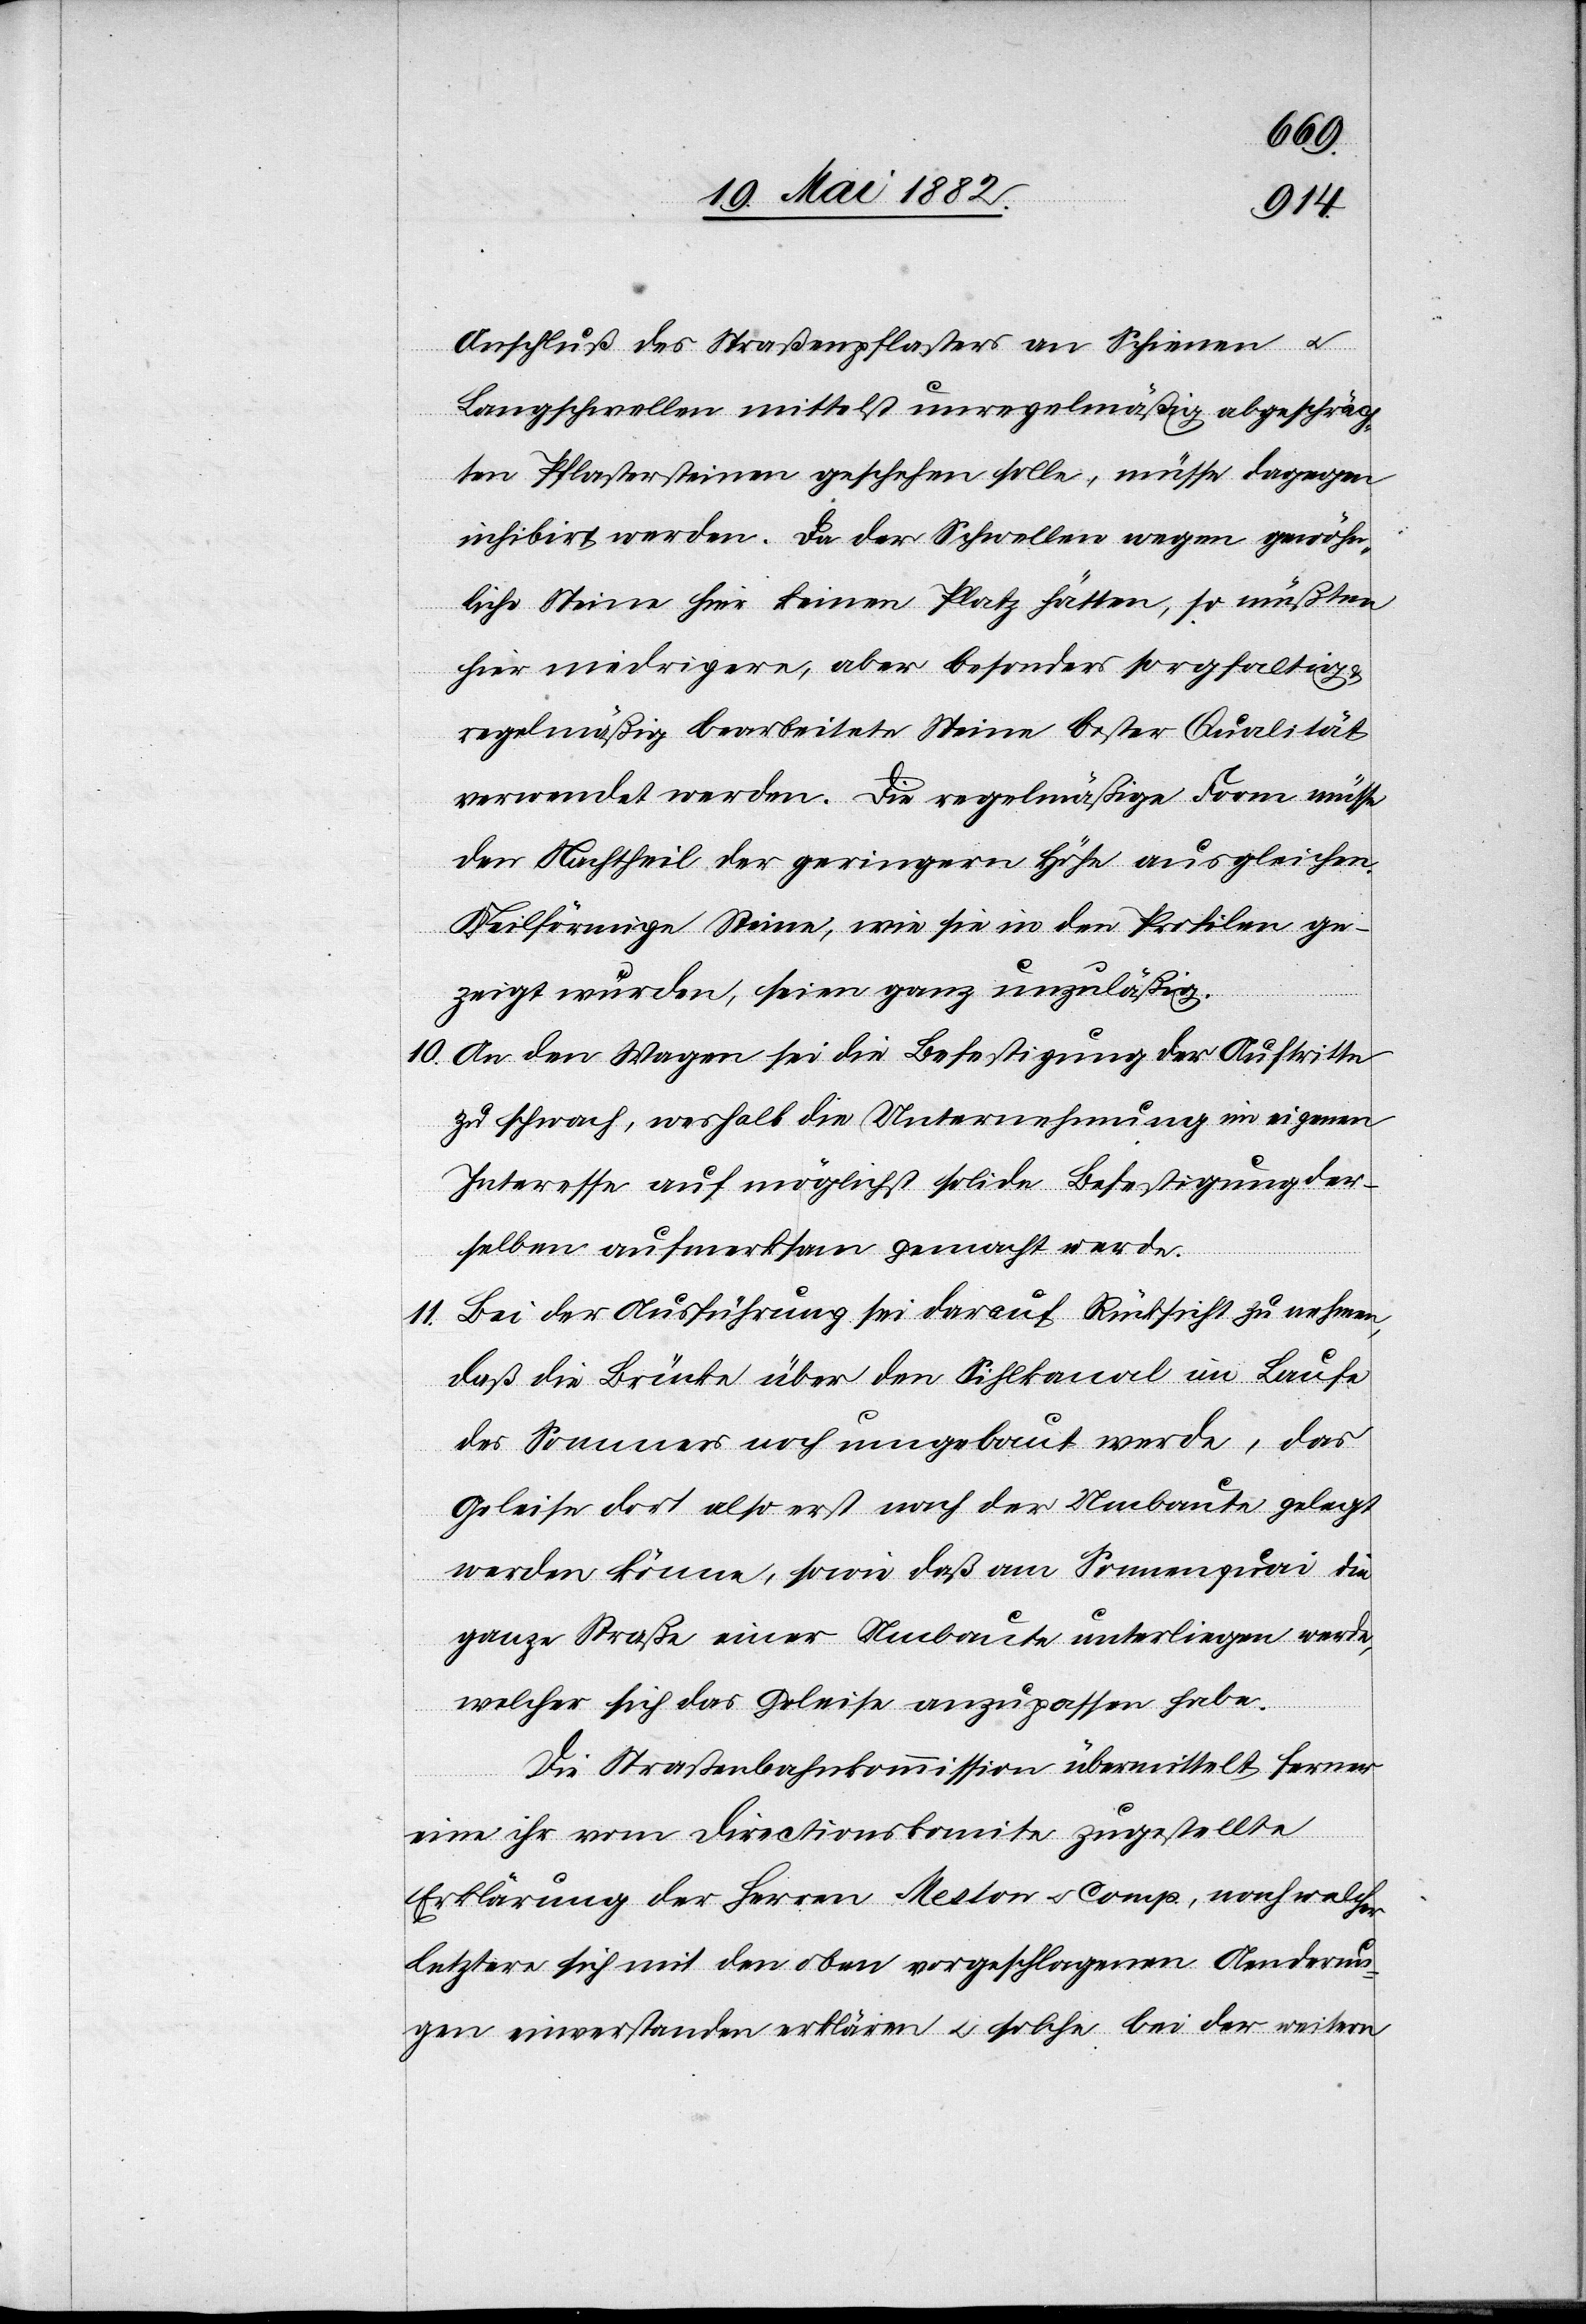
Anschluß des Straßenpflasters an Schienen u.
Langschwellen mittelst unregelmäßig abgeschräg¬
ten Pflastersteinen geschehen solle, müsse dagegen
inhibirt werden. Da der Schwellen wegen gewöhn¬
liche Steine hier keinen Platz hätten, so müßten
hier niedrigere, aber besonders sorgfältig
regelmäßig bearbeitete Steine bester Qualität
verwendet werden. Die regelmäßige Form müsse
den Nachtheil der geringern Höhe ausgleichen.
Keilförmige Steine, wie sie in den Profilen ge¬
zeigt wurden, seien ganz unzuläßig.
10. An den Wagen sei die Befestigung der Auftritte
zu schwach, weshalb die Unternehmung im eigenen
Interesse auf möglichst solide Befestigung der¬
selben aufmerksam gemacht werde.
11. Bei der Ausführung sei darauf Rücksicht zu nehmen,
daß die Brücke über den Sihlkanal im Laufe
des Sommers noch umgebaut werde, daß
Geleise dort also erst nach der Umbaute gelegt
werden können, sowie daß am Sonnenquai die
ganze Straße einer Umbaute unterliegen werde,
welcher sich das Geleise anzupassen habe.
Die Straßenbahnkommission übermittelt ferner
eine ihr vom Directionskomite zugestellte
Erklärung der Herren Meston u. Comp., nach welcher
letztere sich mit den oben vorgeschlagenen Aenderun¬
gen einverstanden erklären u. solche bei der weitern